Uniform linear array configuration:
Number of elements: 32
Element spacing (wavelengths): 0.5
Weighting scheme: uniform
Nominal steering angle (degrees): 45
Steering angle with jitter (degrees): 46.692
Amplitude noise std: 0.05
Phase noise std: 0.05

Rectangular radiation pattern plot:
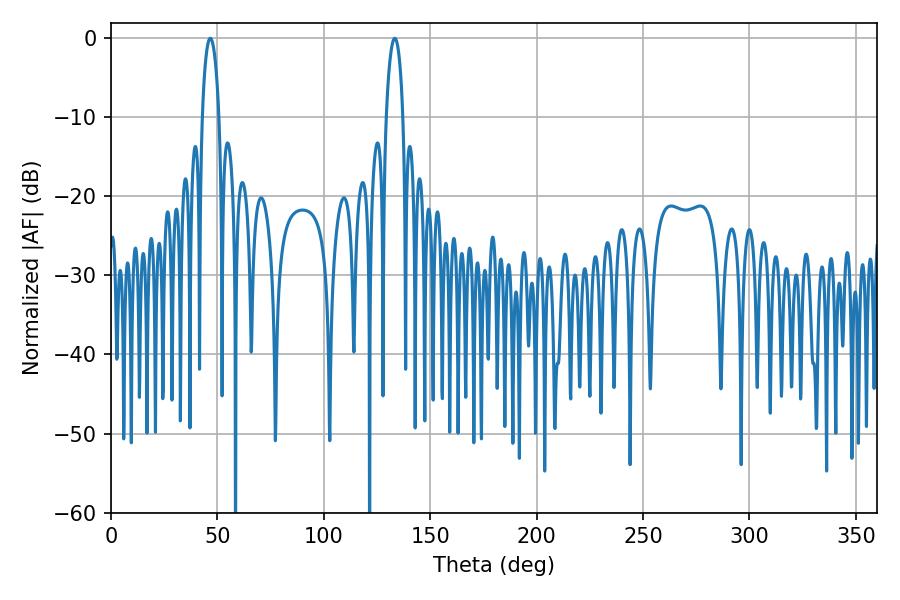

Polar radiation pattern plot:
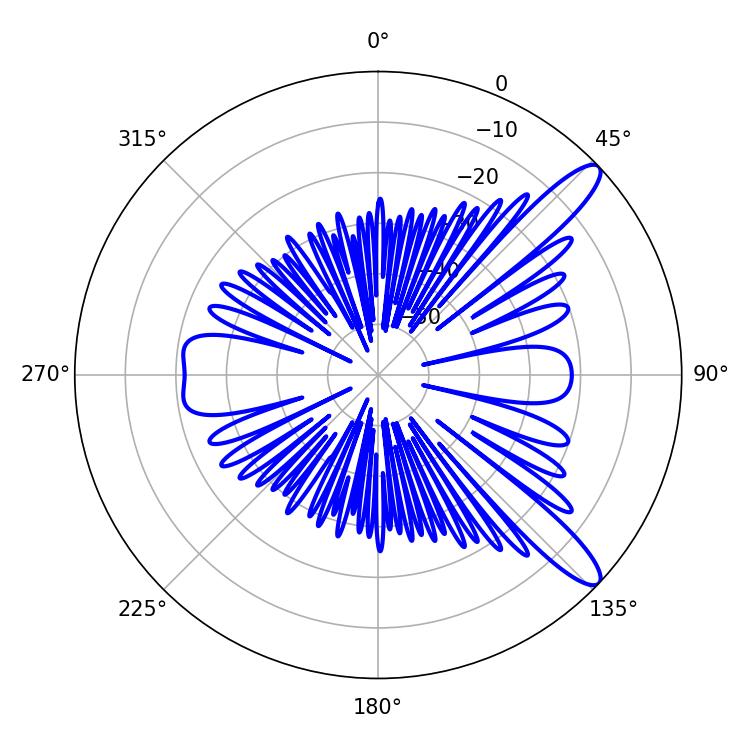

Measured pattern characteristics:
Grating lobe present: FALSE
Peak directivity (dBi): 11.92
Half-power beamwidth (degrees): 4.5
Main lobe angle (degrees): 46.62